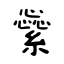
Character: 繠